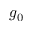
g _ { 0 }